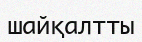
шайқалтты